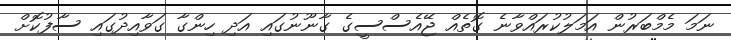
ނަމަ މެމްބަރުން އަމަލުކުރައްވާނެ ގޮތެއް ޖޭއެސްސީގެ ގާނޫނުގައި އަދި ހިންގާ ގަވާއިދުގައި ސާފުކޮށް